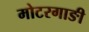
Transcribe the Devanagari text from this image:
मोटरगाङी